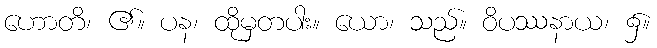
ဟောတိ၊ ၏။ ပန၊ ထိုမှတပါး။ ယော၊ သည်။ ဝိပဿနာယ၊ ၌။